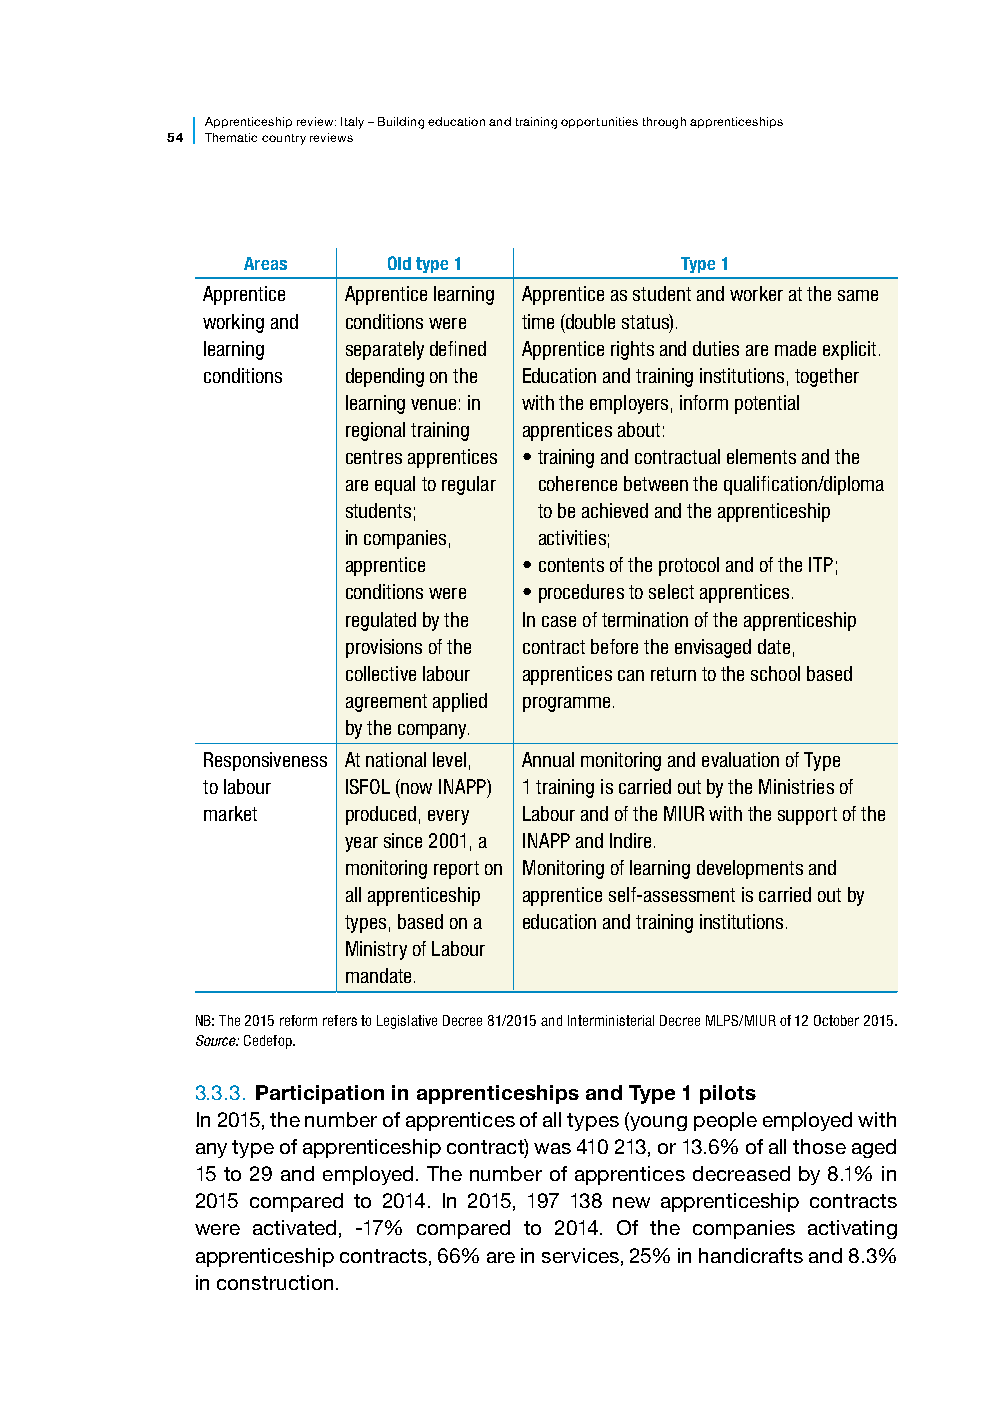
Apprenticesh ip review: Italy – Building education and training opportunities through apprenticeships
 54 Thematic country reviews
 Areas     Old type 1         Type 1
 Apprentice Apprentice learning Apprentice as student and worker at the same
 working and conditions were time (double status).
 learning  separately defined Apprentice rights and duties are made explicit.
 conditions depending on the Education and training institutions, together
 learning venue: in with the employers, inform potential
 regional training apprentices about:
 centres apprentices • training and contractual elements and the
 are equal to regular coherence between the qualification/diploma
 students;    to be achieved and the apprenticeship
 in companies, activities;
 apprentice  • contents of the protocol and of the ITP;
 conditions were • p rocedures to select apprentices.
 regulated by the In case of termination of the apprenticeship
 provisions of the contract before the envisaged date,
 collective labour apprentices can return to the school based
 agreement applied programme.
 by the company.
 Responsiveness At national level, Annual monitoring and evaluation of Type
 to labour ISFOL (now INAPP) 1 training is carried out by the Ministries of
 market    produced, every Labour and of the MIUR with the support of the
 year since 2001, a INAPP and Indire.
 monitoring report on Monitoring of learning developments and
 all apprenticeship apprentice self-assessment is carried out by
 types, based on a education and training institutions.
 Ministry of Labour
 mandate.
 NB: The 2015 reform refers to Legislative Decree 81/2015 and Interministerial Decree MLPS/MIUR of 12 October 2015.
 Source: Cedefop.
 3.3.3. Participation in apprenticeships and Type 1 pilots
 In 2015, the number of apprentices of all types (young people employed with
 any type of apprenticeship contract) was 410 213, or 13.6% of all those aged
 15 to 29 and employed. The number of apprentices decreased by 8.1% in
 2015 compared to 2014. In 2015, 197 138 new apprenticeship contracts
 were activated, -17% compared to 2014. Of the companies activating
 apprenticeship contracts, 66% are in services, 25% in handicrafts and 8.3%
 in construction.